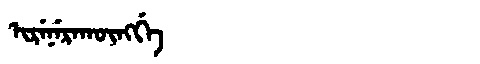
Manchu: ᡳᡵᡝᠨᡝᡵᠠᡴᡡᠩᡤᡝ
Romanization: IRENERAKŪNGGE